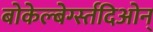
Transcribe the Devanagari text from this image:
बोकेल्बेर्ग्स्तदिओन्